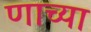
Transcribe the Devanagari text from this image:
णाच्या